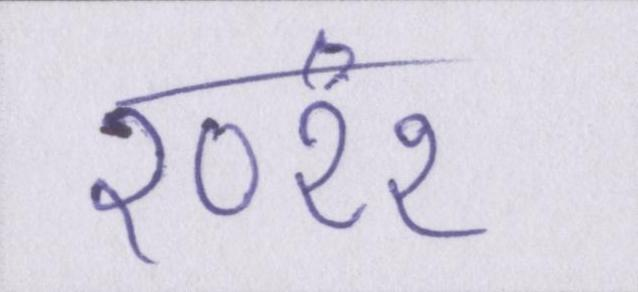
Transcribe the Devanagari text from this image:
२०११